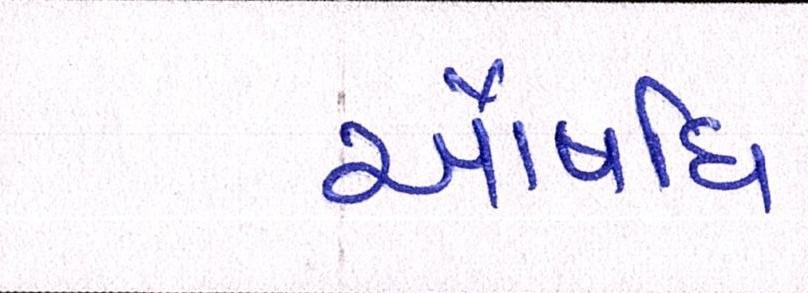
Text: ઔષધિ